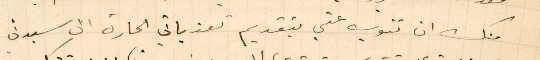
منك أن تنوب عني بتقديم تعذياتي الحارة الى سيدتي